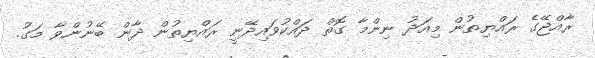
ރާއްޖޭގެ ރައްޔިތުން މިއަދު ނިންމާ ގޮތް ދައްކުވައިދޭނީ ރައްޔިތުން ދާން ބޭނުންވާ މަގު.